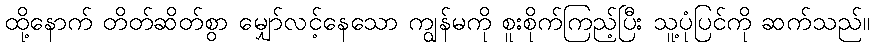
ထို့နောက် တိတ်ဆိတ်စွာ မျှော်လင့်နေသော ကျွန်မကို စူးစိုက်ကြည့်ပြီး သူ့ပုံပြင်ကို ဆက်သည်။